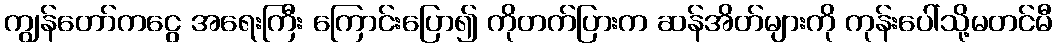
ကျွန်တော်ကငွေ အရေးကြီး ကြောင်းပြော၍ ကိုတက်ပြားက ဆန်အိတ်များကို ကုန်းပေါ်သို့မတင်မီ